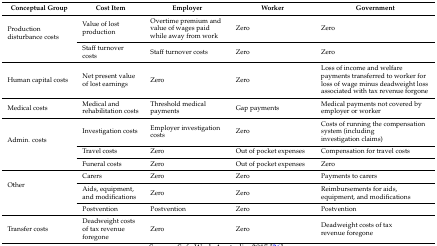
<table><thead><tr><td><b>Conceptual Group</b></td><td><b>Cost Item</b></td><td><b>Employer</b></td><td><b>Worker</b></td><td><b>Government</b></td></tr></thead><tbody><tr><td rowspan="2">Production disturbance costs</td><td>Value of lost production</td><td>Overtime premium and value of wages paid while away from work</td><td>Zero</td><td>Zero</td></tr><tr><td>Staff turnover costs</td><td>Staff turnover costs</td><td>Zero</td><td>Zero</td></tr><tr><td>Human capital costs</td><td>Net present value of lost earnings</td><td>Zero</td><td>Zero</td><td>Loss of income and welfare payments transferred to worker for loss of wage minus deadweight loss associated with tax revenue forgone</td></tr><tr><td>Medical costs</td><td>Medical and rehabilitation costs</td><td>Threshold medical payments</td><td>Gap payments</td><td>Medical payments not covered by employer or worker</td></tr><tr><td rowspan="3">Admin. costs</td><td>Investigation costs</td><td>Employer investigation costs</td><td>Zero</td><td>Costs of running the compensation system (including investigation claims)</td></tr><tr><td>Travel costs</td><td>Zero</td><td>Out of pocket expenses</td><td>Compensation for travel costs</td></tr><tr><td>Funeral costs</td><td>Zero</td><td>Out of pocket expenses</td><td>Zero</td></tr><tr><td rowspan="3">Other</td><td>Carers</td><td>Zero</td><td>Zero</td><td>Payments to carers</td></tr><tr><td>Aids, equipment, and modifications</td><td>Zero</td><td>Zero</td><td>Reimbursements for aids, equipment, and modifications</td></tr><tr><td>Postvention</td><td>Postvention</td><td>Zero</td><td>Postvention</td></tr><tr><td>Transfer costs</td><td>Deadweight costs of tax revenue foregone</td><td>Zero</td><td>Zero</td><td>Deadweight costs of tax revenue foregone</td></tr></tbody></table>